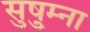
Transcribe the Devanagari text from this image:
सुषु्म्ना